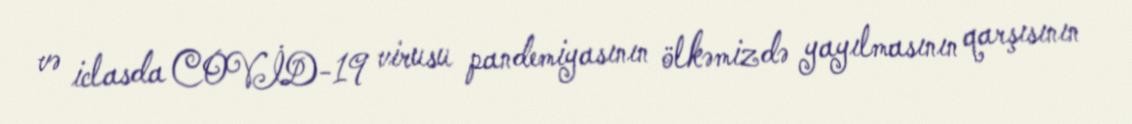
və iclasda COVİD-19 virusu pandemiyasının ölkəmizdə yayılmasının qarşısının